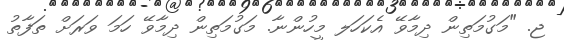
ޖ. "މަގުމަތިން ދިމާވޭ އެކަހަލ މީހުންނާ. މަގުމަތިން ދިމާވޭ ހަމަ ވަރަށް ތަފާތު